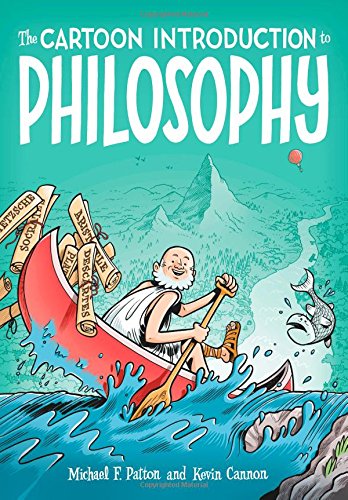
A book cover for The Cartoon Introduction to Philosophy; Michael F. Patton; Comics & Graphic Novels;